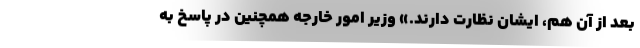
بعد از آن هم، ایشان نظارت دارند.» وزیر امور خارجه همچنین در پاسخ به